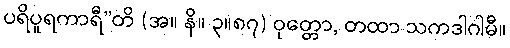
ပရိပူရကာရီ”တိ (အ။ နိ။ ၃။၈၇) ဝုတ္တော, တထာ သကဒါဂါမီ။